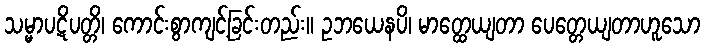
သမ္မာပဋိပတ္တိ၊ ကောင်းစွာကျင့်ခြင်းတည်း။ ဥဘယေနပိ၊ မာတ္ထေယျတာ ပေတ္တေယျတာဟူသော